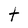
Character: t